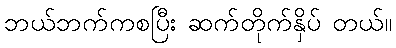
ဘယ်ဘက်ကစပြီး ဆက်တိုက်နှိပ် တယ်။